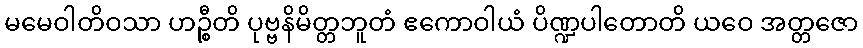
မမေဝါတိဝသာ ဟဉ္စီတိ ပုဗ္ဗနိမိတ္တဘူတံ ဧကောဝါယံ ပိဏ္ဍပါတောတိ ယဝေ အတ္တဇော